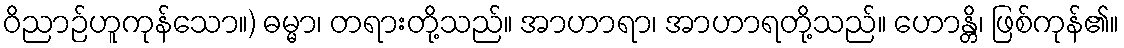
ဝိညာဉ်ဟူကုန်သော။) ဓမ္မာ၊ တရားတို့သည်။ အာဟာရာ၊ အာဟာရတို့သည်။ ဟောန္တိ၊ ဖြစ်ကုန်၏။